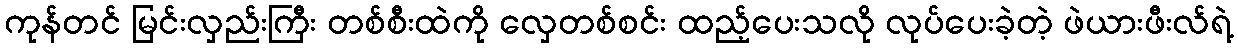
ကုန်တင် မြင်းလှည်းကြီး တစ်စီးထဲကို လှေတစ်စင်း ထည့်ပေးသလို လုပ်ပေးခဲ့တဲ့ ဖဲယားဖီးလ်ရဲ့